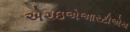
એચઇએઆરટીએચ